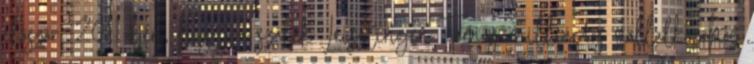
először, 2011-ben, hogy a szálak Leisztinger Tamás milliárdos vállalkozóhoz